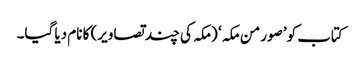
کتاب کو ’صور من مکہ ‘ (مکہ کی چند تصاویر) کا نام دیا گیا۔